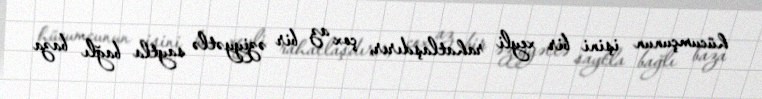
hücumçunun işini bir xeyli rahatlaşdırır, çox az bir əziyyətlə saytla bağlı baza